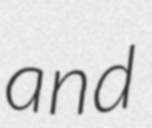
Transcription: and